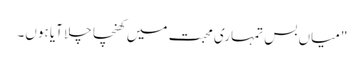
"میاں بس تمہاری محبت میں کھنچا چلا آیا ہوں۔